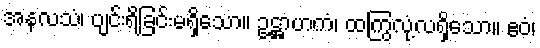
အနလသံ၊ ပျင်းရိခြင်းမရှိသော။ ဥဋ္ဌာဟကံ၊ ထကြွလုံ့လရှိသော။ ဧဝံ၊